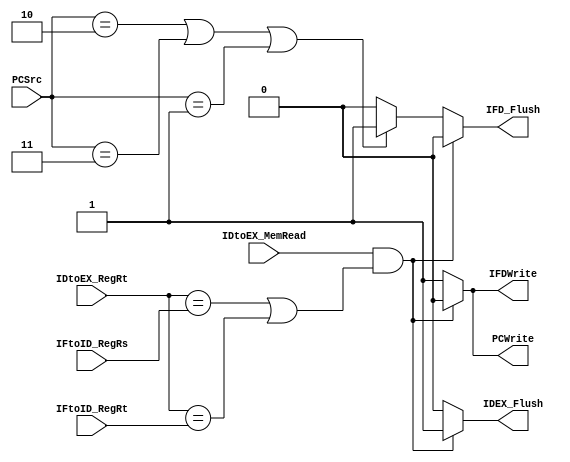
`timescale 1ns/1ns

module hazard(IDtoEX_RegRt,IDtoEX_MemRead,IFtoID_RegRs,IFtoID_RegRt,
              PCWrite,IFDWrite,IFD_Flush,IDEX_Flush,PCSrc);
input IDtoEX_MemRead;
input [2:0] PCSrc;
input [4:0] IDtoEX_RegRt,IFtoID_RegRs,IFtoID_RegRt;
output reg PCWrite,IFDWrite,IFD_Flush,IDEX_Flush;

always @(*)
begin
  if(IDtoEX_MemRead && ((IDtoEX_RegRt==IFtoID_RegRs) || (IDtoEX_RegRt==IFtoID_RegRt))) //lw stall and nop
  begin
    PCWrite=0;
    IFDWrite=0;
    IFD_Flush=0;
    IDEX_Flush=1;
  end
  else if(PCSrc==3'b010 || PCSrc==3'b011 || PCSrc==3'b001)   //j type or branch-> flush IF/ID
  begin
    PCWrite=1;
    IFDWrite=1;
    IFD_Flush=1;
    IDEX_Flush=0;    
  end
  else
  begin
    PCWrite=1;
    IFDWrite=1;
    IFD_Flush=0;
    IDEX_Flush=0;
  end
end

endmodule